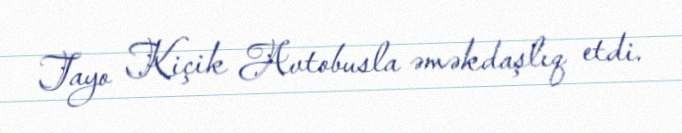
Tayo Kiçik Avtobusla əməkdaşlıq etdi.